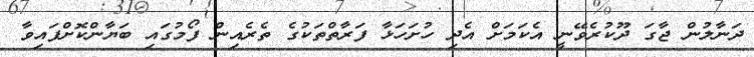
ދަނާލުން ޖާގަ ދޫކުރެވޭނީ އެކަމަށް އެދި ހުށަހަޅާ ފަރާތްތަކުގެ ތެރެއިން ފޯމުގައި ބަޔާންކޮށްފައިވާ